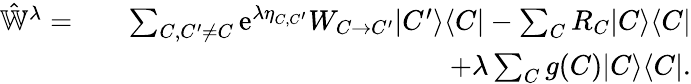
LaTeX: \begin{array}{rlr}{\hat{\mathbb{W}}^{\lambda}=}&{}&{\sum_{C,C^{\prime}\neq C}\mathrm{e}^{\lambda\eta_{C,C^{\prime}}}W_{C\to C^{\prime}}|C^{\prime}\rangle\langle C|-\sum_{C}R_{C}|C\rangle\langle C|}\\ &{}&{+\lambda\sum_{C}g(C)|C\rangle\langle C|.}\end{array}